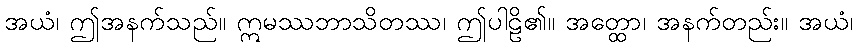
အယံ၊ ဤအနက်သည်။ ဣမဿဘာသိတဿ၊ ဤပါဠိ၏။ အတ္ထော၊ အနက်တည်း။ အယံ၊